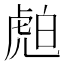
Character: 𧆽